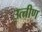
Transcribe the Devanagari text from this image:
उत्‍तीण